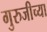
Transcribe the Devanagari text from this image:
गुरुजीच्या